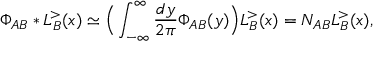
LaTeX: \Phi _ { A B } * L _ { B } ^ { > } ( x ) \simeq \Big ( \int _ { - \infty } ^ { \infty } \frac { d y } { 2 \pi } \Phi _ { A B } ( y ) \Big ) L _ { B } ^ { > } ( x ) = N _ { A B } L _ { B } ^ { > } ( x ) ,